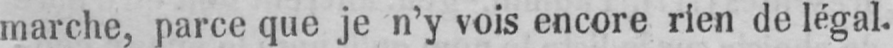
marche, parce que je n’y vois encore rien de légal.